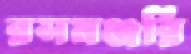
রসমঞ্জরি